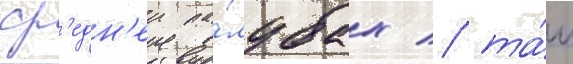
ср'едн'еи па́лубах / та́м